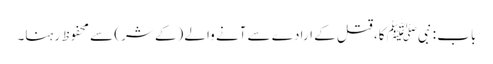
باب : نبیﷺ کا، قتل کے ارادے سے آنے والے (کے شر) سے محفوظ رہنا۔